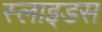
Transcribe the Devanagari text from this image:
स्‍लाइडस